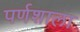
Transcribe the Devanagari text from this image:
पर्णशाला